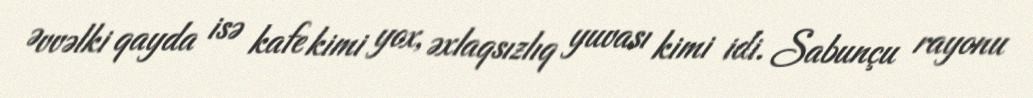
Əvvəlki qayda isə kafe kimi yox, əxlaqsızlıq yuvası kimi idi. Sabunçu rayonu